Vaccination in Burma 1912-1922 - 1912-1922
Year: 1912
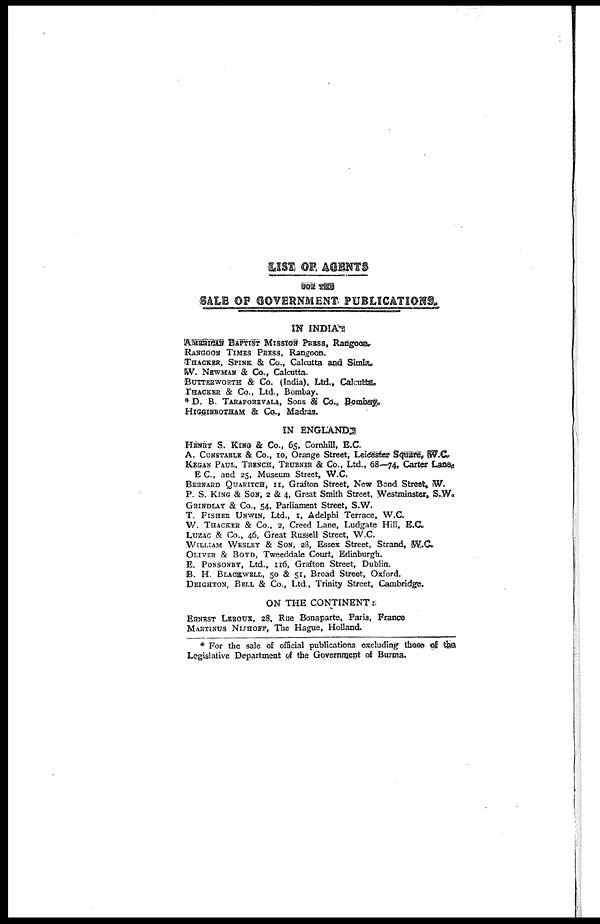
LIST OF AGENTS
FOR THE
SALE OF GOVERNMENT PUBLICATIONS
IN INDIA:
AMERICAN BAPTIST MISSION PRESS, Rangoon,
RANGOON TIMES PRESS, Rangoon.
THACKER, SPINK & Co., Calcutta and Simla.
W. NEWMAN & Co., Calcutta.
BUTTERWORTH & Co. (India), Ltd., Calcutta.
THACKER & Co., Ltd., Bombay.
* D. B. TARAPOREVALA, Sons & Co., Bombay.
HIGGINBOTHAM & Co., Madras.
IN ENGLAND
HENRY S. KING & Co., 65, Cornhill, E.C.
A. CONSTABLE & Co., 10, Orange Street, Leicester Square, W .C.
KEGAN PAUL, TRENCH, TRUBNER & Co., Ltd., 68—74, Carter Lane.
E. C., and 25, Museum Street, W.C.
BERNARD QUARITCH, 11, Grafton Street, New Bond Street. W.
P. S. KING & SON; 2 & 4, Great Smith Street, Westminster, S.W.
GRINDLAY & Co., 54, Parliament Street, S.W.
T. FISHER UNWIN, Ltd., 1, Adelphi Terrace, W.C.
W. THACKER & Co., 2, Creed Lane, Ludgate Hill, E.C.
LUZAC & Co., 46, Great Russell Street, W.C.
WILLIAM WESLEY & SON, 28, Essex Street, Strand, W.C.
OLIVER & BOYD, Tweeddale Court, Edinburgh.
E. PONSONBY, Ltd., 116, Grafton Street, Dublin.
B. H. BLACKWELL, 50 & 51, Broad Street, Oxford.
DEIGHTON, BELL & Co., Ltd., Trinity Street, Cambridge.
ON THE CONTINENT:
ERNEST LEROUX, 28, Rue Bonaparte, Paris, France
MARTINUS NIJHOFF, The Hague, Holland.
* For the sale of official publications excluding those of the
Legislative Department of the Government of Burma.